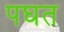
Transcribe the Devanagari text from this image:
पघत